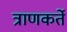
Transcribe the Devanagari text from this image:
त्राणकर्ते